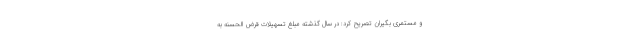
و مستمری بگیران تصریح کرد: در سال گذشته مبلغ تسهیلات قرض الحسنه به